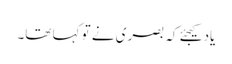
یاد کیجئے کہ بصری نے تو کہا تھا۔